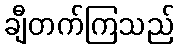
ချီတက်ကြသည်